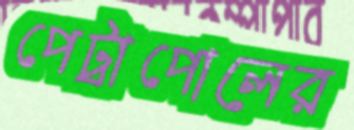
পেট্রাপোলের